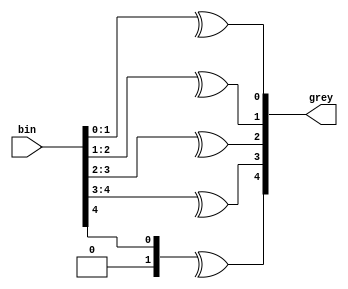
module bin2grey_5bit (
	input [4:0] bin,
	output [4:0] grey
);
	localparam BITS = 5;

	function [BITS-1:0] b2g(input [BITS-1:0] in);
		integer i;
		reg [BITS:0] temp;
		begin
			temp = in;
			for(i=0;i<BITS;i=i+1)
				b2g[i] = ^temp[ i +: 2];
		end
	endfunction

	assign grey = b2g(bin);
endmodule